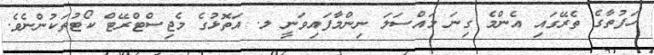
ހަފުތާގެ ތެރޭގައި އެންމެ ގިނަ މައްސަލަ ނިންމާފައިވަނީ ލ. އަތޮޅުގެ މެޖިސްޓްރޭޓް ކޯޓުތަކުންނެވެ.